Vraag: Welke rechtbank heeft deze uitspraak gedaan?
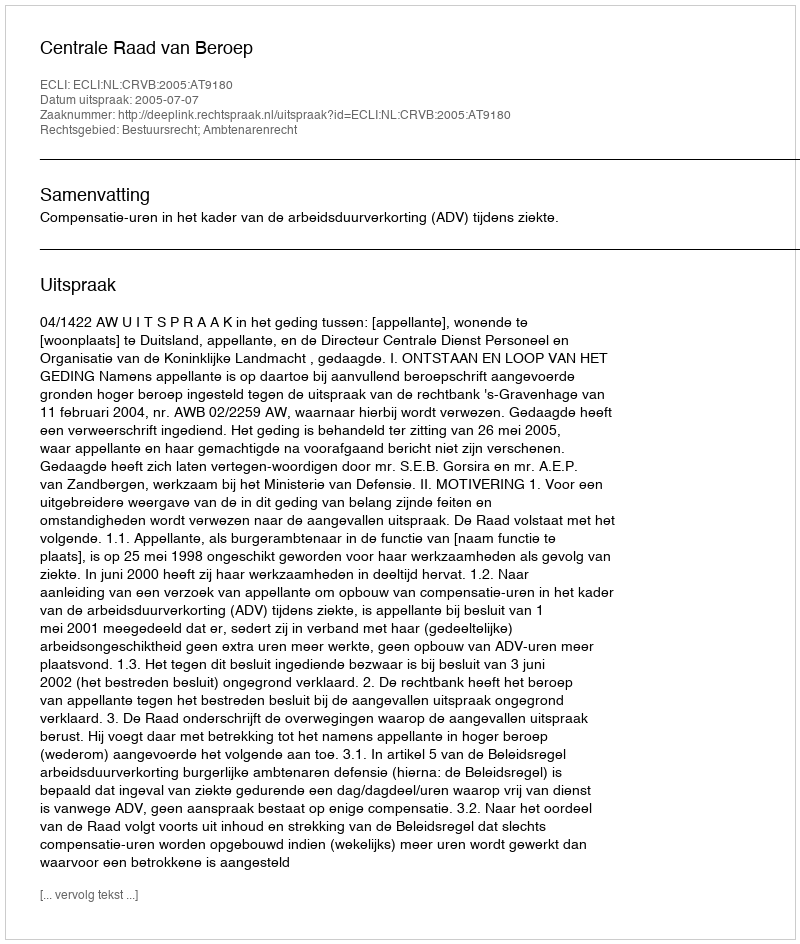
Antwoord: Centrale Raad van Beroep